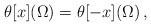
LaTeX: \begin{align*}\theta [x](\Omega) = \theta [-x](\Omega)\,, \end{align*}